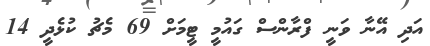
އަދި އޭނާ ވަނީ ފްރާންސް ގައުމީ ޓީމަށް 69 މެޗު ކުޅެދީ 14